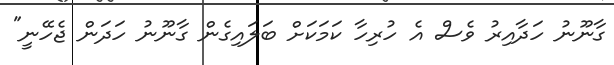
ގާނޫނު ހަދާއިރު ވެސް އެ ހުރިހާ ކަމަކަށް ބަލައިގެން ގާނޫނު ހަދަން ޖެހޭނީ"